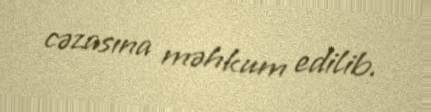
cəzasına məhkum edilib.